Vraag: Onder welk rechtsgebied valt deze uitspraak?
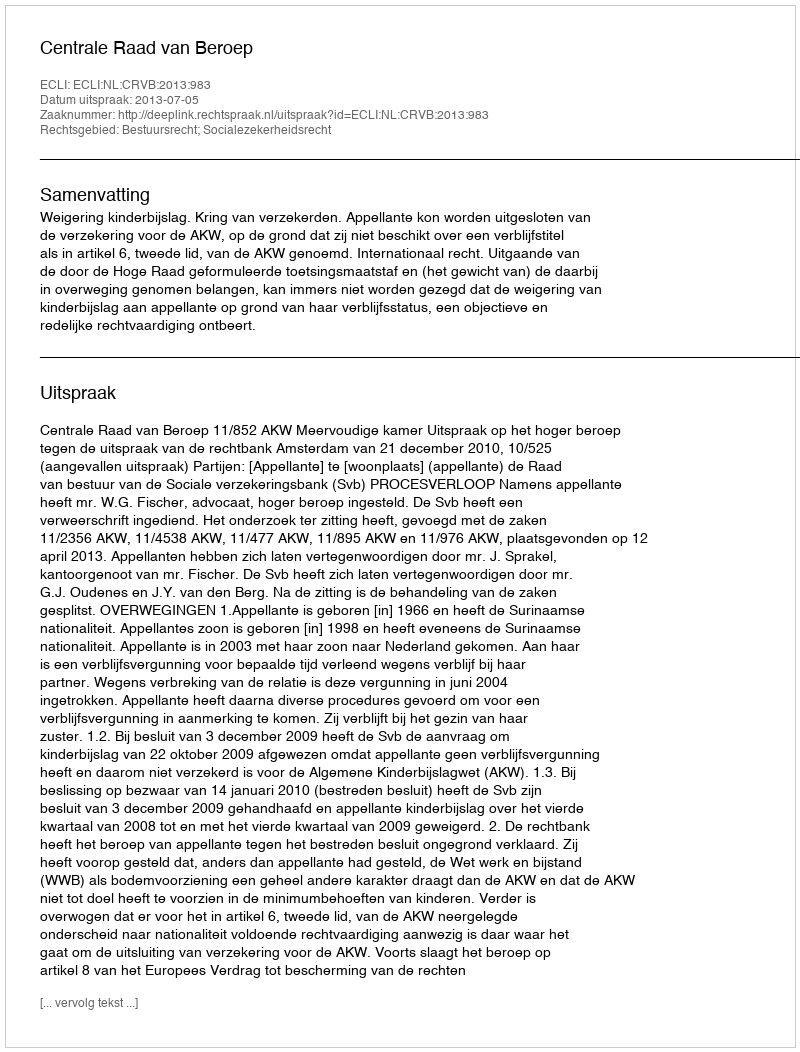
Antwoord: Bestuursrecht; Socialezekerheidsrecht